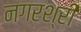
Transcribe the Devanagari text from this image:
नगरश्री